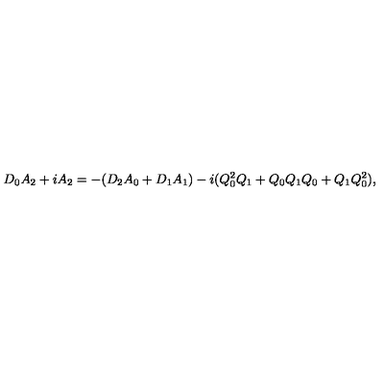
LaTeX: D _ { 0 } A _ { 2 } + i A _ { 2 } = - ( D _ { 2 } A _ { 0 } + D _ { 1 } A _ { 1 } ) - i ( Q _ { 0 } ^ { 2 } Q _ { 1 } + Q _ { 0 } Q _ { 1 } Q _ { 0 } + Q _ { 1 } Q _ { 0 } ^ { 2 } ) ,